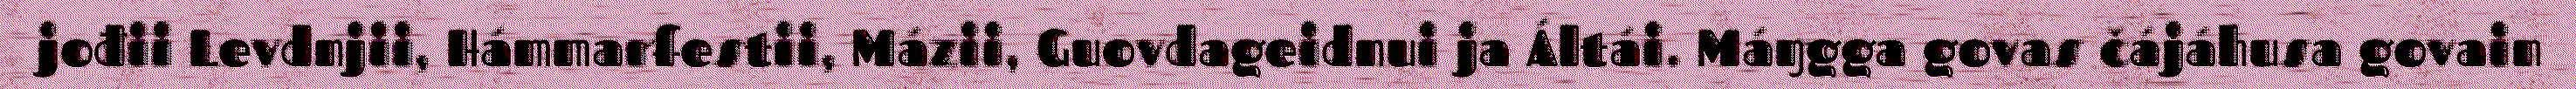
jođii Levdnjii, Hámmarfestii, Mázii, Guovdageidnui ja Áltái. Máŋgga govas čájáhusa govain